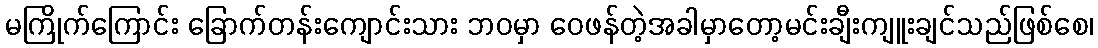
မကြိုက်ကြောင်း ခြောက်တန်းကျောင်းသား ဘဝမှာ ဝေဖန်တဲ့အခါမှာတော့မင်းချီးကျူးချင်သည်ဖြစ်စေ၊